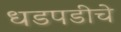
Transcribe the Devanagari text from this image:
धडपडीचे